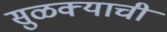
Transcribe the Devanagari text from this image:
सुळक्याची